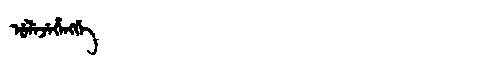
Manchu: ᡠᠯᡝᠵᡝᡥᡝᠩᡤᡝ
Romanization: ULEJEHENGGE